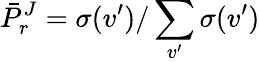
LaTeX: {\bar{P}}_{r}^{J}=\sigma(v^{\prime})/\sum_{v^{\prime}}\sigma(v^{\prime})